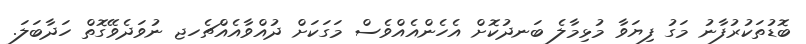
ބޮޑުތަަކުރުފާނު މަގު ފިޔަވާ މުޅިމާލެ ބަނދުކޮށް އެހެންއެއްވެސް މަގަކަށް ދުއްވާއެއްޗެހޖ ނުވަދެވޭގޮތް ހަދާބަލަ.